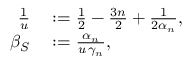
\begin{array} { r l } { \frac { 1 } { u } } & { { } \mathrel { \mathop : } = \frac { 1 } { 2 } - \frac { 3 n } { 2 } + \frac { 1 } { 2 \alpha _ { n } } , } \\ { \beta _ { S } } & { { } \mathrel { \mathop : } = \frac { \alpha _ { n } } { u \, \gamma _ { n } } , } \end{array}